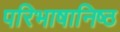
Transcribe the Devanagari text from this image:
परिभाषानिष्ठ